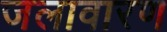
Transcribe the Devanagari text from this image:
जलावारण